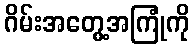
ဂိမ်းအတွေ့အကြုံကို